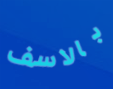
بالاسف